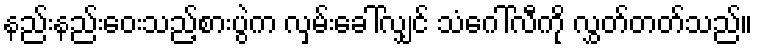
နည်းနည်းဝေးသည့်စားပွဲက လှမ်းခေါ်လျှင် သံဂေါ်လီကို လွှတ်တတ်သည်။